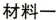
材料一